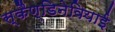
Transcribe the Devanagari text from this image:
स्कैण्डिनेवियाई